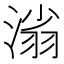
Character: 𣺟